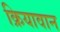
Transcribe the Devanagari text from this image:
क्रियावान